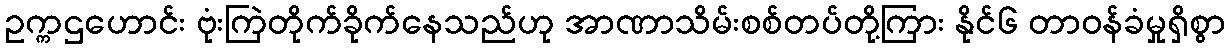
ဥက္ကဌဟောင်း ဗုံးကြဲတိုက်ခိုက်နေသည်ဟု အာဏာသိမ်းစစ်တပ်တို့ကြား နိုင်၆ တာဝန်ခံမှုရှိစွာ